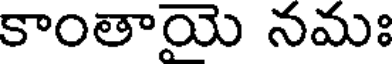
కాంతాయె నమః